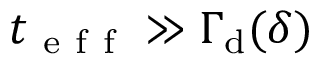
t _ { \mathrm { ~ e ~ f ~ f ~ } } \gg \Gamma _ { \mathrm { d } } ( \delta )